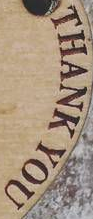
THANK YOU